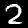
Digit: 2